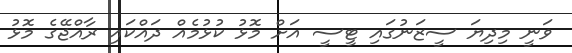
ވަނީ މިދިޔަ ސީޒަނުގައި ޓީސީ އަށް މޮޅު ކުޅުމެއް ދައްކައި ރާއްޖޭގެ މޮޅު